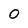
Character: 0